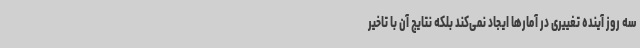
سه روز آینده تغییری در آمارها ایجاد نمی‌کند بلکه نتایج آن با تاخیر